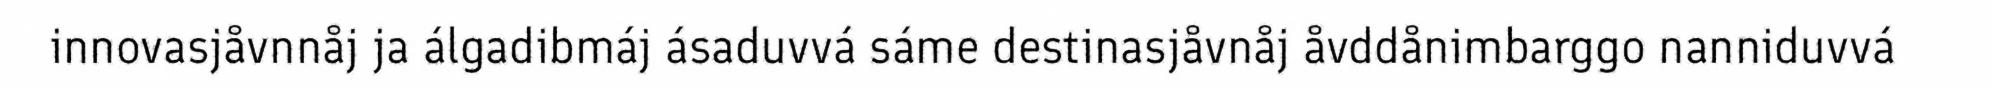
innovasjåvnnåj ja álgadibmáj ásaduvvá sáme destinasjåvnåj åvddånimbarggo nanniduvvá